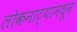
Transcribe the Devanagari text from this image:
लोकनाट्यांमधून